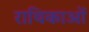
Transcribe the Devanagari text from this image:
राथिकाओं